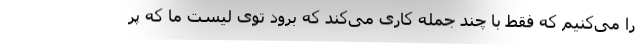
را می‌کنیم که فقط با چند جمله کاری می‌کند که برود توی لیست ما که پر